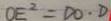
O E ^ { 2 } = D O \cdot D